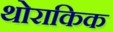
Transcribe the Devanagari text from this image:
थोराकिक